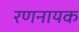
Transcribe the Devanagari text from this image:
रणनायक